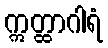
ဣတ္ထာဂါရံ